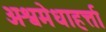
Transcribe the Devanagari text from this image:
अश्वमेधाहर्त्ता